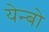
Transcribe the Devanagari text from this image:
येन्बो